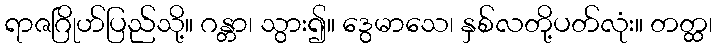
ရာဇဂြိုဟ်ပြည်သို့။ ဂန္တာ၊ သွား၍။ ဒွေမာသေ၊ နှစ်လတို့ပတ်လုံး။ တတ္ထ၊